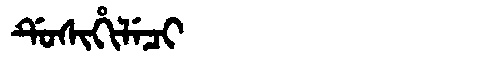
Manchu: ᡩᡠᠰᡳᡥᡳᠯᡝᠴᡳ
Romanization: DUSIHILECI